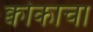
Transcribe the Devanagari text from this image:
क्वोकाचा